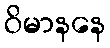
ဝိမာနနေ